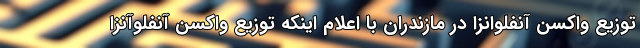
توزیع واکسن آنفلوانزا در مازندران با اعلام اینکه توزیع واکسن آنفلوآنزا